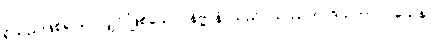
ရှိသည်ဖြစ်၍သာလျှင် ဖြစ်သော။ နိဗ္ဗာနံ၊ သည်။ သဿတာဒိသဘာဝဝသေန၊